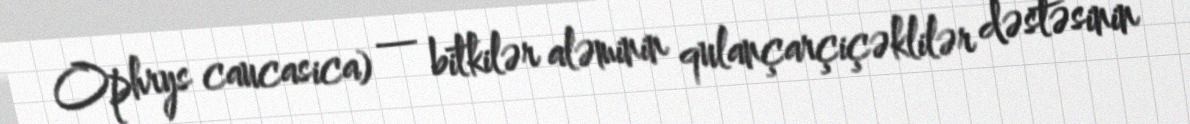
Ophrys caucasica) — bitkilər aləminin qulançarçiçəklilər dəstəsinin